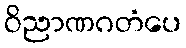
ဝိညာဏဂတံပေ